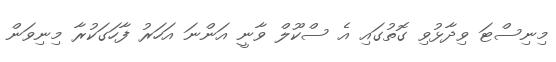
މިނިސްޓަ ވިދާޅުވި ގޮތުގައި އެ ސްކޫލް ވާނީ އަންނަ އަހަރު ފާހަގަކުރާ މިނިވަން